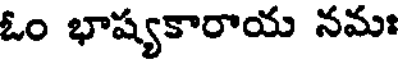
ఓం భాష్యకారాయ నమః